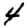
Digit: 4